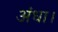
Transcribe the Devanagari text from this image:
अंधा।